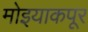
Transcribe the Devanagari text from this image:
मोइयाकपूर